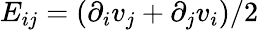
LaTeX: E_{ij}=(\partial_{i}v_{j}+\partial_{j}v_{i})/2